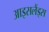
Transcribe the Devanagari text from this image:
आइसलैंड्स